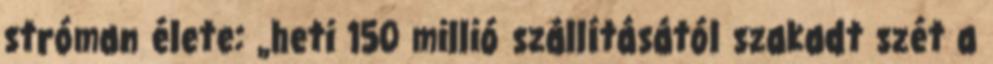
stróman élete: „heti 150 millió szállításától szakadt szét a